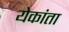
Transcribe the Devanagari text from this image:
येकांता